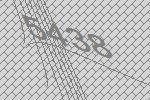
5438